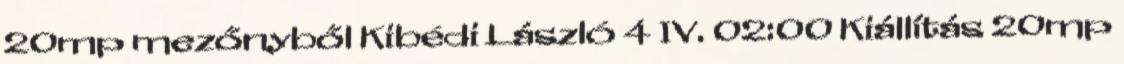
20mp mezőnyből Kibédi László 4 IV. 02:00 Kiállítás 20mp